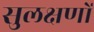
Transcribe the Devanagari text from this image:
सुलक्षणों